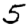
Digit: 5